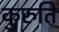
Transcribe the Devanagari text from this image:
कुरुति